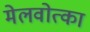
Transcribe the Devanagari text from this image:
मेलवोत्का